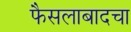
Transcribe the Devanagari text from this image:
फैसलाबादचा